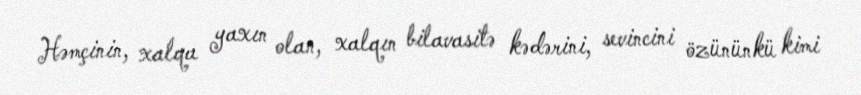
Həmçinin, xalqa yaxın olan, xalqın bilavasitə kədərini, sevincini özününkü kimi